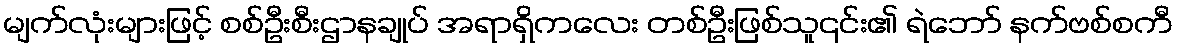
မျက်လုံးများဖြင့် စစ်ဦးစီးဌာနချုပ် အရာရှိကလေး တစ်ဦးဖြစ်သူ၎င်း၏ ရဲဘော် နက်ဗစ်စကီ